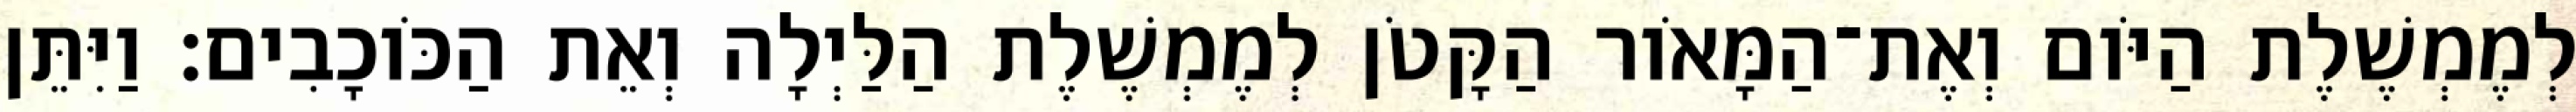
לְמֶמְשֶׁלֶת הַיֹּום וְאֶת־הַמָּאֹור הַקָּטֹן לְמֶמְשֶׁלֶת הַלַּיְלָה וְאֵת הַכֹּוכָבִים׃ וַיִּתֵּן